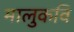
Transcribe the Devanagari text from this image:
मालुकवि